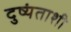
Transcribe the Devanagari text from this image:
दुष्यंताशी